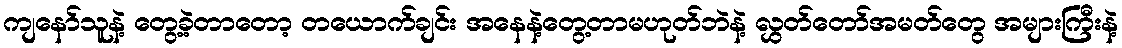
ကျနော်သူနဲ့ တွေ့ခဲ့တာတော့ တယောက်ချင်း အနေနဲ့တွေ့တာမဟုတ်ဘဲနဲ့ လွှတ်တော်အမတ်တွေ အများကြီးနဲ့